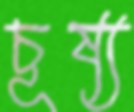
চূষ্য